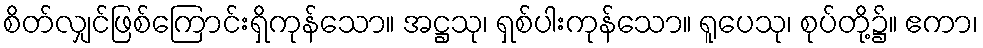
စိတ်လျှင်ဖြစ်ကြောင်းရှိကုန်သော။ အဋ္ဌသု၊ ရှစ်ပါးကုန်သော။ ရူပေသု၊ စုပ်တို့၌။ ဧကာ၊